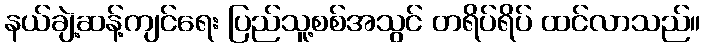
နယ်ချဲ့ဆန့်ကျင်ရေး ပြည်သူ့စစ်အသွင် တရိပ်ရိပ် ထင်လာသည်။